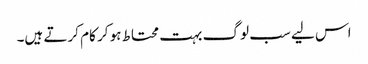
اس لیے سب لوگ بہت محتاط ہو کر کام کرتے ہیں۔